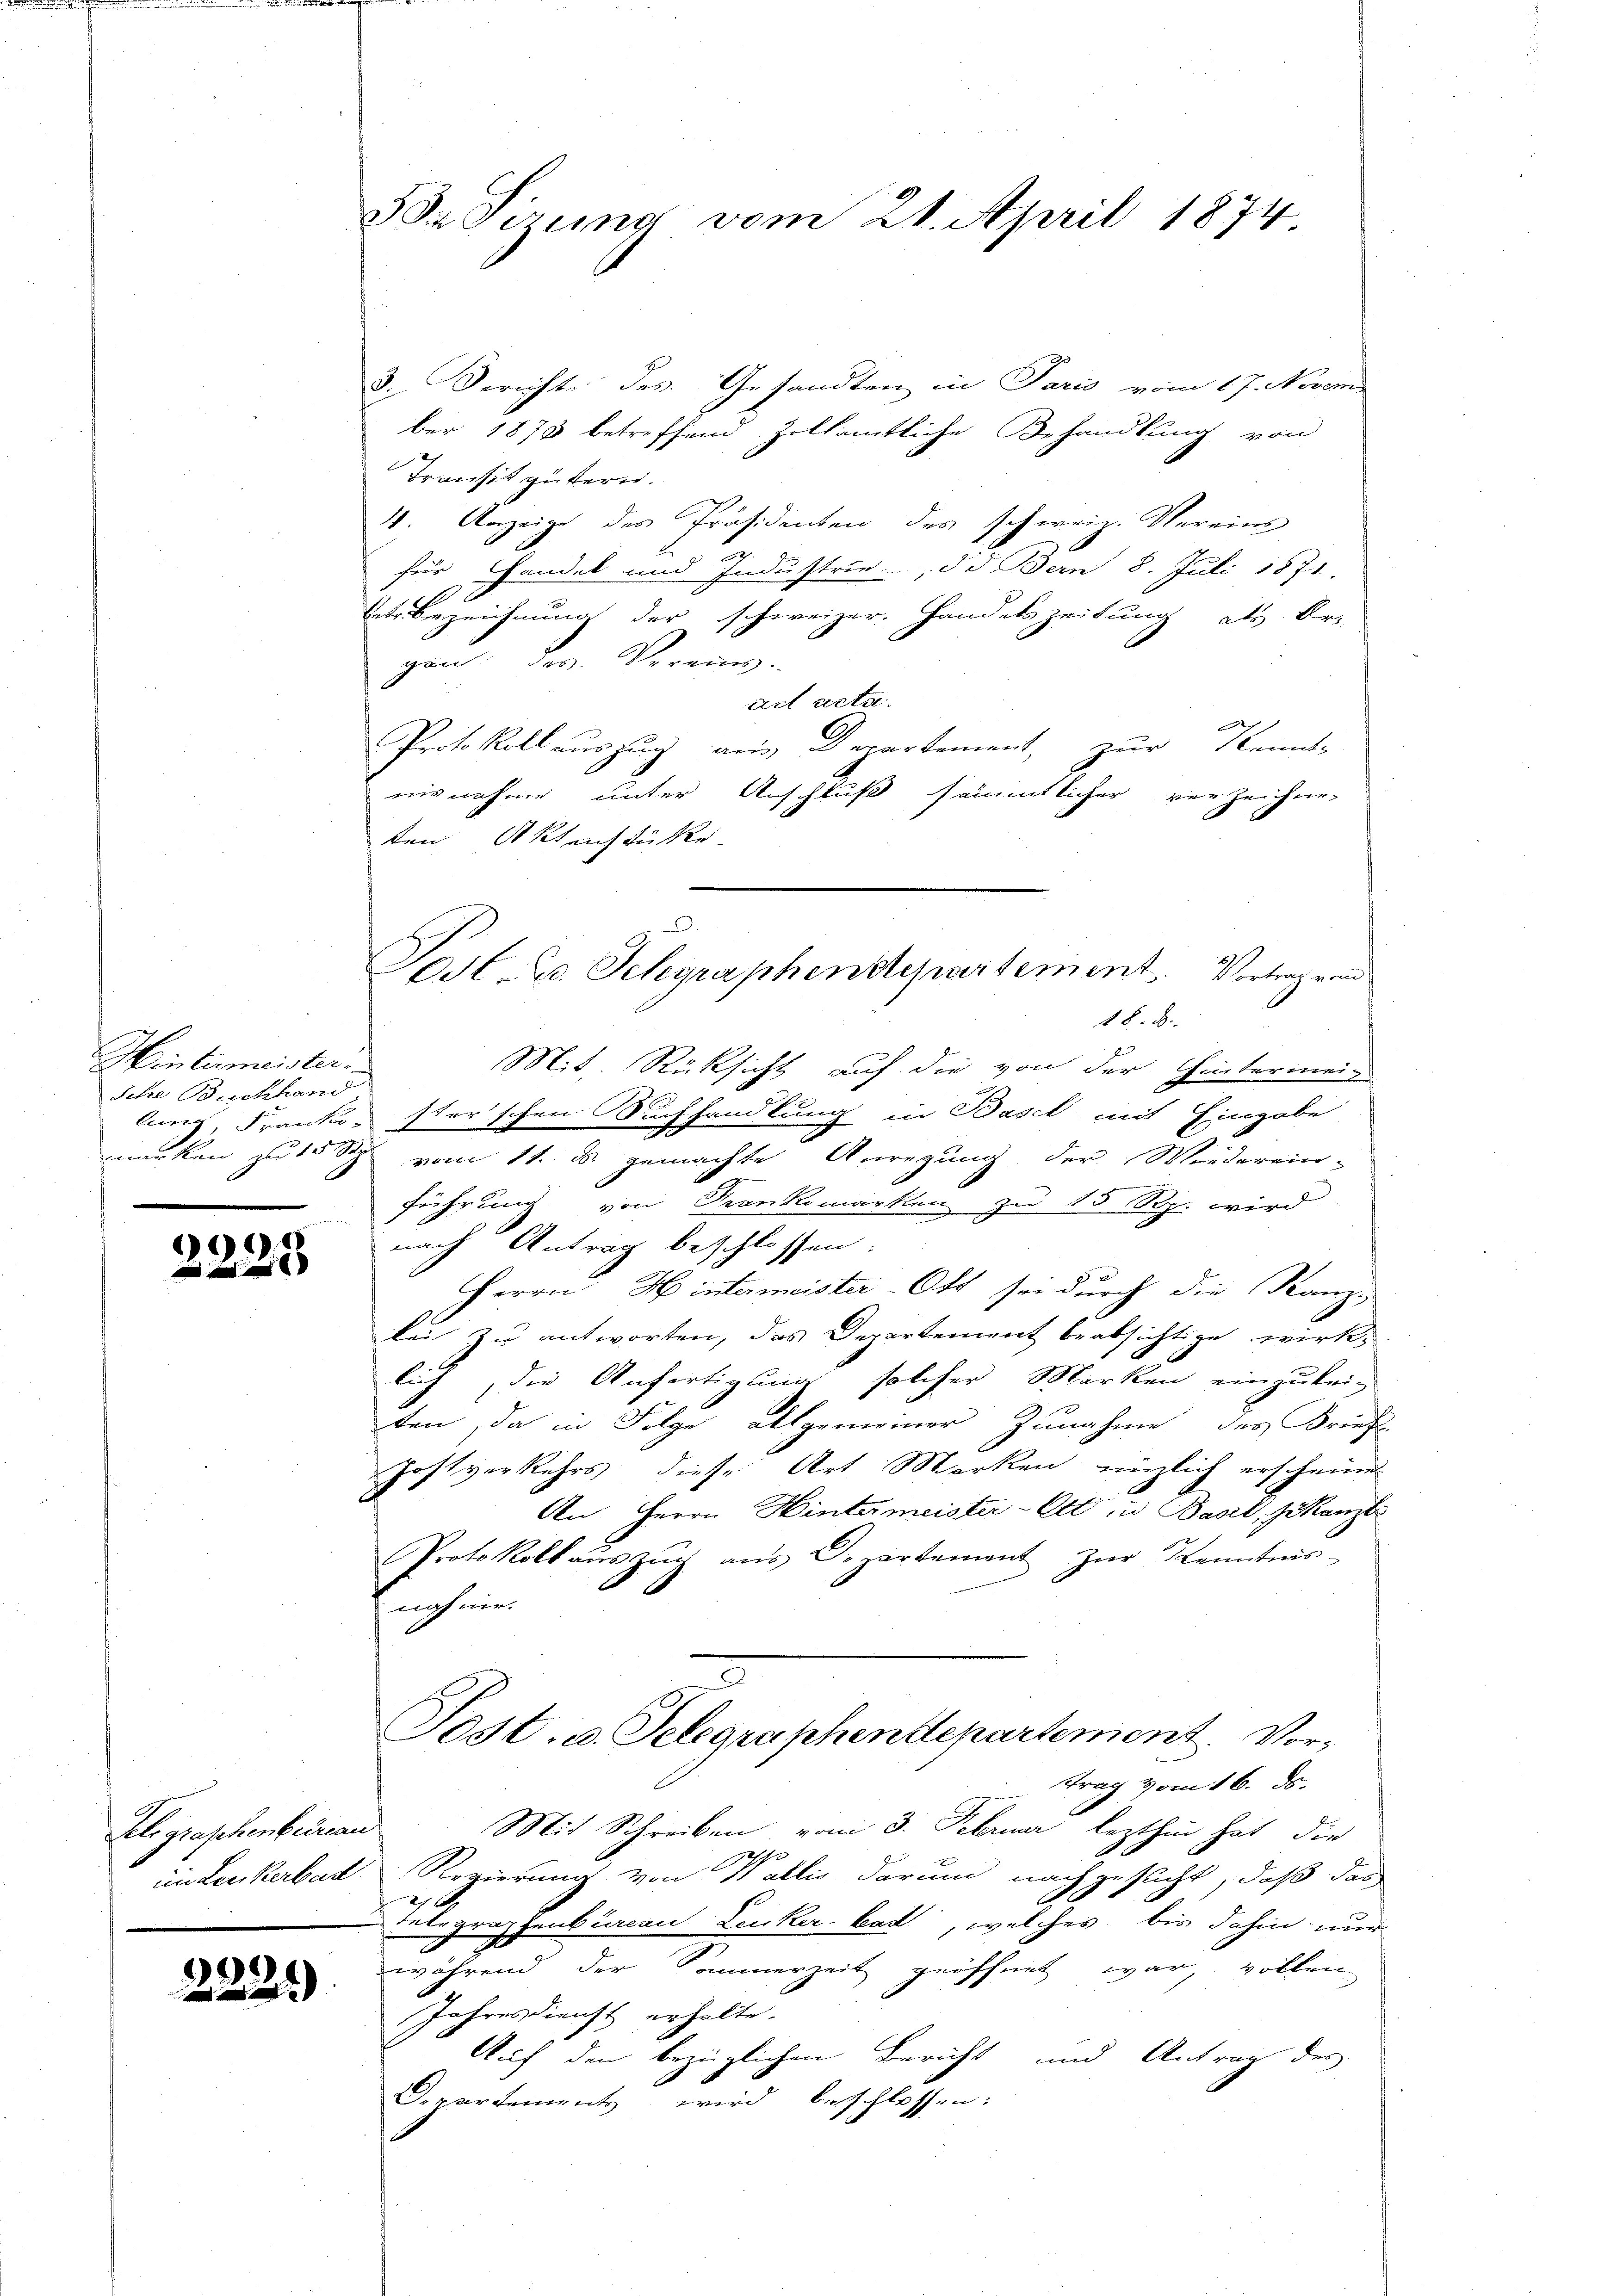
Hintermeister.
Iche Buchhand,
lung, Franko-
.

6

Teligraphenbüreau
im Leukerbar

2221)

Ba Sirung vom 21. April 1874

3. Gericht des Gesandten in Paris vom 17. Novem
ber 1873 betreffend Zollämtliche Behandlung von
Transit gütern.
4. Anzeige des Präsidenten des schweiz. Vereins
für Handel und Industrie, d. Bern 8. Juli 1871.
Veter bezeichnung der schweizer. Handelszeitung als Ur-
gant. Der Verring
act acta.
Protokollauszug aus Departement, zur Kennte
nisnahme unter Anschluß sämmtlicher verzeichneten Akteichtüke
18. d.
Mit Rücksicht auf die von der Hintermeige
sterschen Auchhandlung in Basel mit Eingabe
munken zu vom 11. d. gemachte Anregung der Wiederein-
führung von Frankomarken zu 15 Rp. wird
nach Antrag beschlossen:
Herrn Hintermeister-Ott sei durch die Kanz
bei zu antworten, das Departement beabsichtige wirk-
lich die Anfertigung solcher Marken einzukei-
ten, da in Folge allgemeiner Zunahme des Brief
Zostverkehrs diese Art. Merken englich erscheine
An Herrn Hintermeister-Ott in Basel, Gekanzli
Protokoll aŭs zŭr aŭs Departement zŭr Kenntnis-
nahme.
Post. u. Telegraphenttepartement. Vorstrag vom 16. ds.
Mit Schreiben, vom 3. Februar lezthin hat die
e
Regierung von Wallis darum nachgesucht, daß das
Lntegraphenburcan Zucker-Bat, welches bis dahin nur
während der Sommerzeit geöffnet war, vollen
Jahresdienst erhalte.
Auf den bezüglichen Bericht und Antrag des
Departements wird beschlossen:

Post Dr. Schgraphendepartement. Vertragen